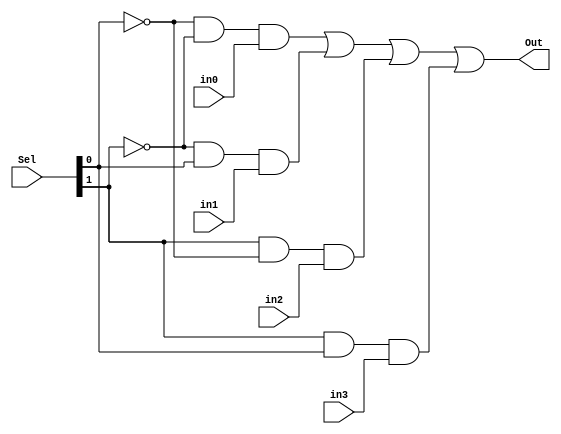
module Mux4_1_1bit(input in0,
						 input in1,
						 input in2,
						 input in3,
						 input[1:0]Sel,
						 output Out);
	wire Nout0, Nout1;
	wire AndOut0, AndOut1, AndOut2, AndOut3;
	not(Nout0, Sel[0]);
	not(Nout1, Sel[1]);
	and(AndOut0, Nout0, Nout1, in0);
	and(AndOut1, Nout1, Sel[0], in1);
	and(AndOut2, Sel[1], Nout0, in2);
	and(AndOut3, Sel[1], Sel[0], in3);
	or(Out, AndOut0, AndOut1, AndOut2, AndOut3);
endmodule